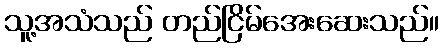
သူ့အသံသည် တည်ငြိမ်အေးဆေးသည်။